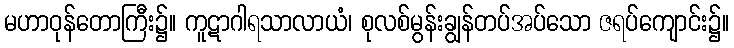
မဟာဝုန်တောကြီး၌။ ကူဋာဂါရသာလာယံ၊ စုလစ်မွန်းချွန်တပ်အပ်သော ဇရပ်ကျောင်း၌။